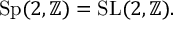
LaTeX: \operatorname { S p } ( 2 , \mathbb { Z } ) = \operatorname { S L } ( 2 , \mathbb { Z } ) .